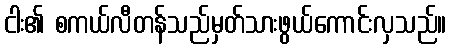
ငါး၏ စကယ်လီတန်သည်မှတ်သားဖွယ်ကောင်းလှသည်။